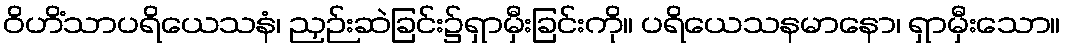
ဝိဟိံသာပရိယေသနံ၊ ညှဉ်းဆဲခြင်း၌ရှာမှီးခြင်းကို။ ပရိယေသနမာနော၊ ရှာမှီးသော။